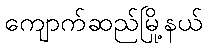
ကျောက်ဆည်မြို့နယ်